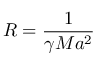
{ R } = \frac { 1 } { \gamma M a ^ { 2 } }